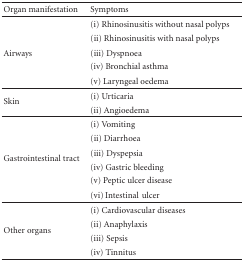
<table><thead><tr><td><b>Organ manifestation</b></td><td><b>Symptoms</b></td></tr></thead><tbody><tr><td> </td><td>(i) Rhinosinusitis without nasal polyps</td></tr><tr><td> </td><td>(ii) Rhinosinusitis with nasal polyps</td></tr><tr><td>Airways</td><td>(iii) Dyspnoea</td></tr><tr><td> </td><td>(iv) Bronchial asthma</td></tr><tr><td> </td><td>(v) Laryngeal oedema</td></tr><tr><td rowspan="2">Skin</td><td>(i) Urticaria</td></tr><tr><td>(ii) Angioedema</td></tr><tr><td> </td><td>(i) Vomiting</td></tr><tr><td> </td><td>(ii) Diarrhoea</td></tr><tr><td rowspan="2">Gastrointestinal tract</td><td>(iii) Dyspepsia</td></tr><tr><td>(iv) Gastric bleeding</td></tr><tr><td> </td><td>(v) Peptic ulcer disease</td></tr><tr><td> </td><td>(vi) Intestinalulcer</td></tr><tr><td> </td><td>(i) Cardiovascular diseases</td></tr><tr><td rowspan="2">Other organs</td><td>(ii) Anaphylaxis</td></tr><tr><td>(iii) Sepsis</td></tr><tr><td> </td><td>(iv) Tinnitus</td></tr></tbody></table>